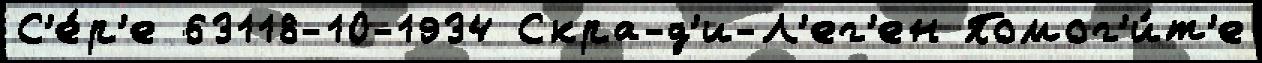
С'е́р'е 63118-10-1934 Скра-д'и-Л'ег'ен Помог'и́т'е